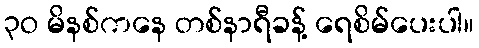
၃ဝ မိနစ်ကနေ တစ်နာရီခန့် ရေစိမ်ပေးပါ။